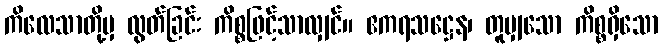
ကိလေသာတို့မှ လွတ်ခြင်း ကိစ္စဖြင့်သာလျှင်။ ဧကရသဋ္ဌေန၊ တူမျှသော ကိစ္စရှိသော